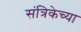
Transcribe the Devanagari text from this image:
संत्रिकेच्या